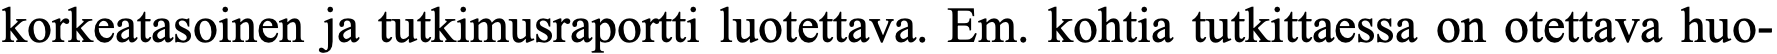
korkeatasoinen ja tutkimusraportti luotettava. Em. kohtia tutkittaessa on otettava huo-